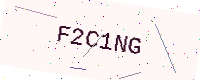
Text: F2C1NG